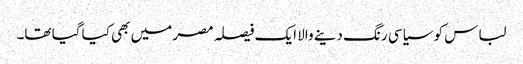
لباس کو سیاسی رنگ دینے والا ایک فیصلہ مصر میں بھی کیا گیا تھا۔